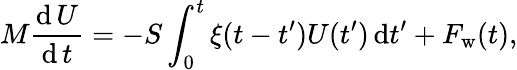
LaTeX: M\frac{\mathrm{d}\, U}{\mathrm{d}\, t}=-S\int_{0}^{t}\xi(t-t^{\prime})U(t^{\prime})\, \mathrm{d}t^{\prime}+F_{\mathrm{w}}(t),